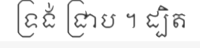
ទ្រង់ ជ្រាប ។ ដ្បិត